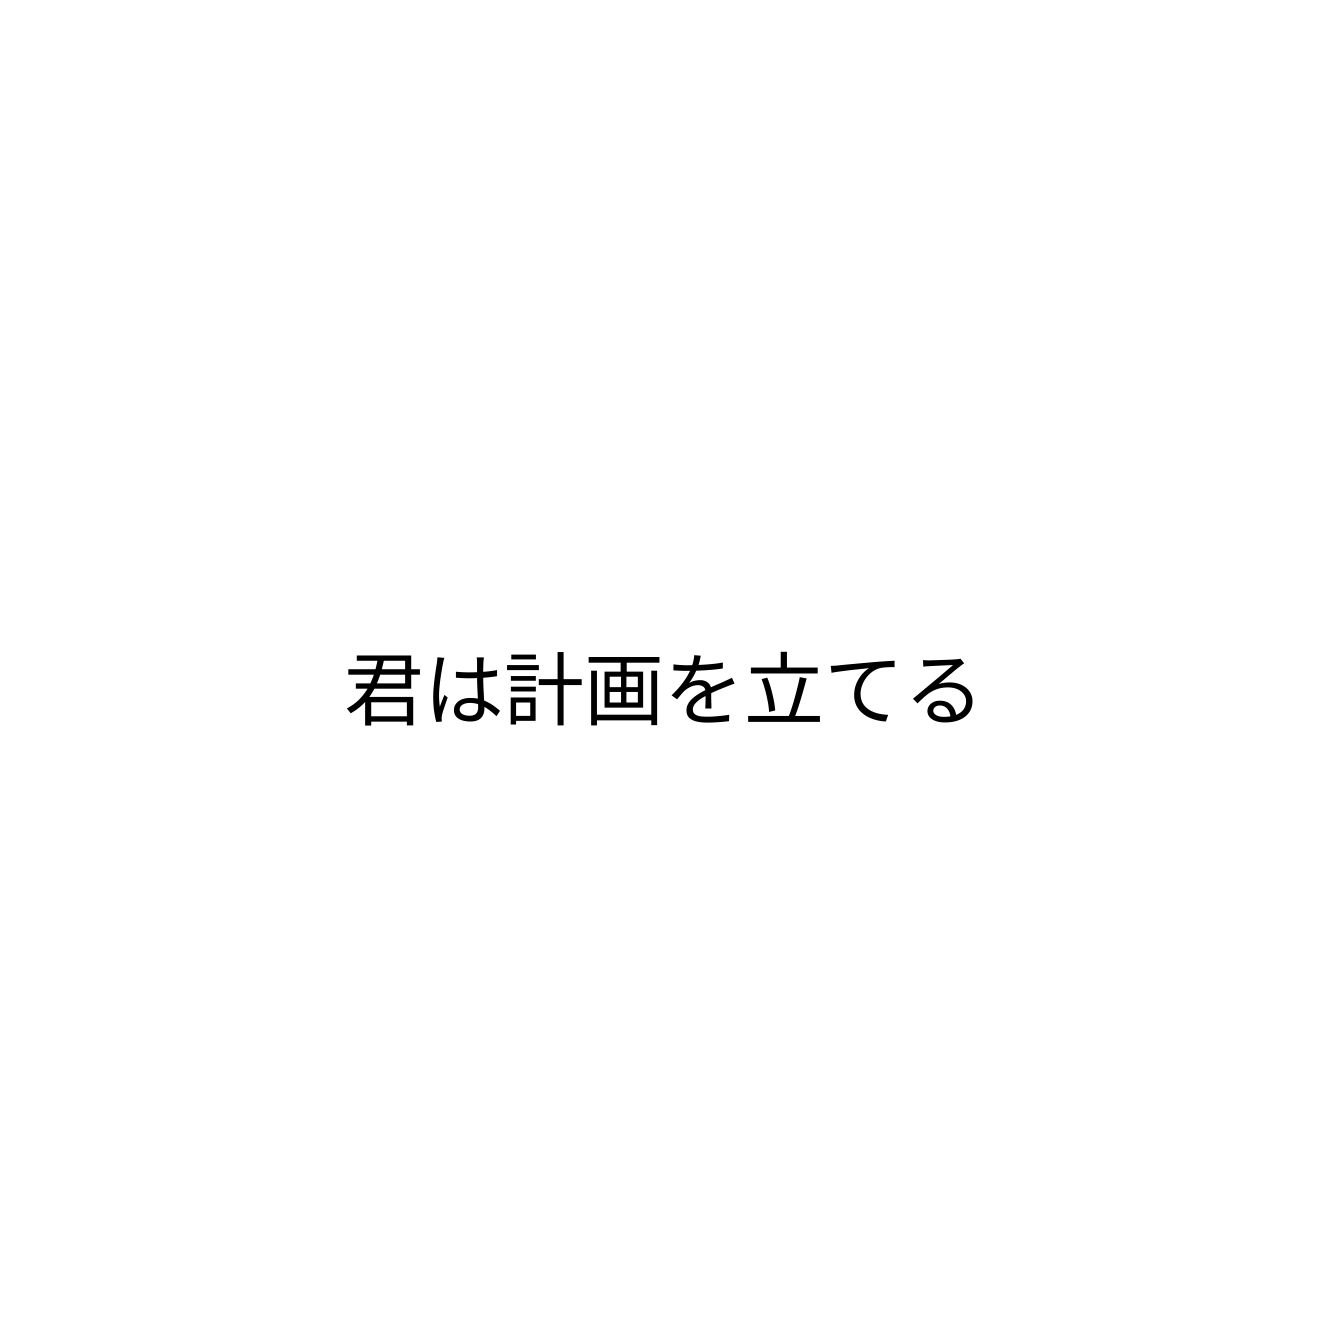
君は計画を立てる